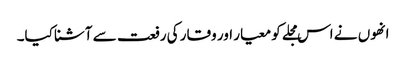
انھوں نے اس مجلے کو معیار اور وقار کی رفعت سے آشنا کیا۔